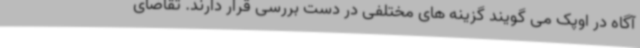
آگاه در اوپک می گویند گزینه های مختلفی در دست بررسی قرار دارند. تقاضای